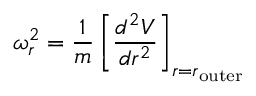
\omega _ { r } ^ { 2 } = { \frac { 1 } { m } } \left[ { \frac { d ^ { 2 } V } { d r ^ { 2 } } } \right] _ { r = r _ { \mathrm { o u t e r } } }